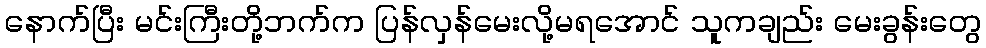
နောက်ပြီး မင်းကြီးတို့ဘက်က ပြန်လှန်မေးလို့မရအောင် သူကချည်း မေးခွန်းတွေ